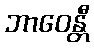
ဘာဝေန္တီ